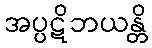
အပ္ပဋိဘယန္တိ